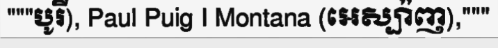
"""បូរី), Paul Puig I Montana (អេស្ប៉ាញ),"""